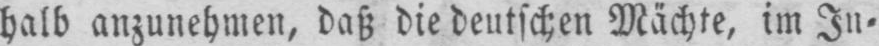
halb anzunehmen, daß die deutschen Mächte, im In⸗